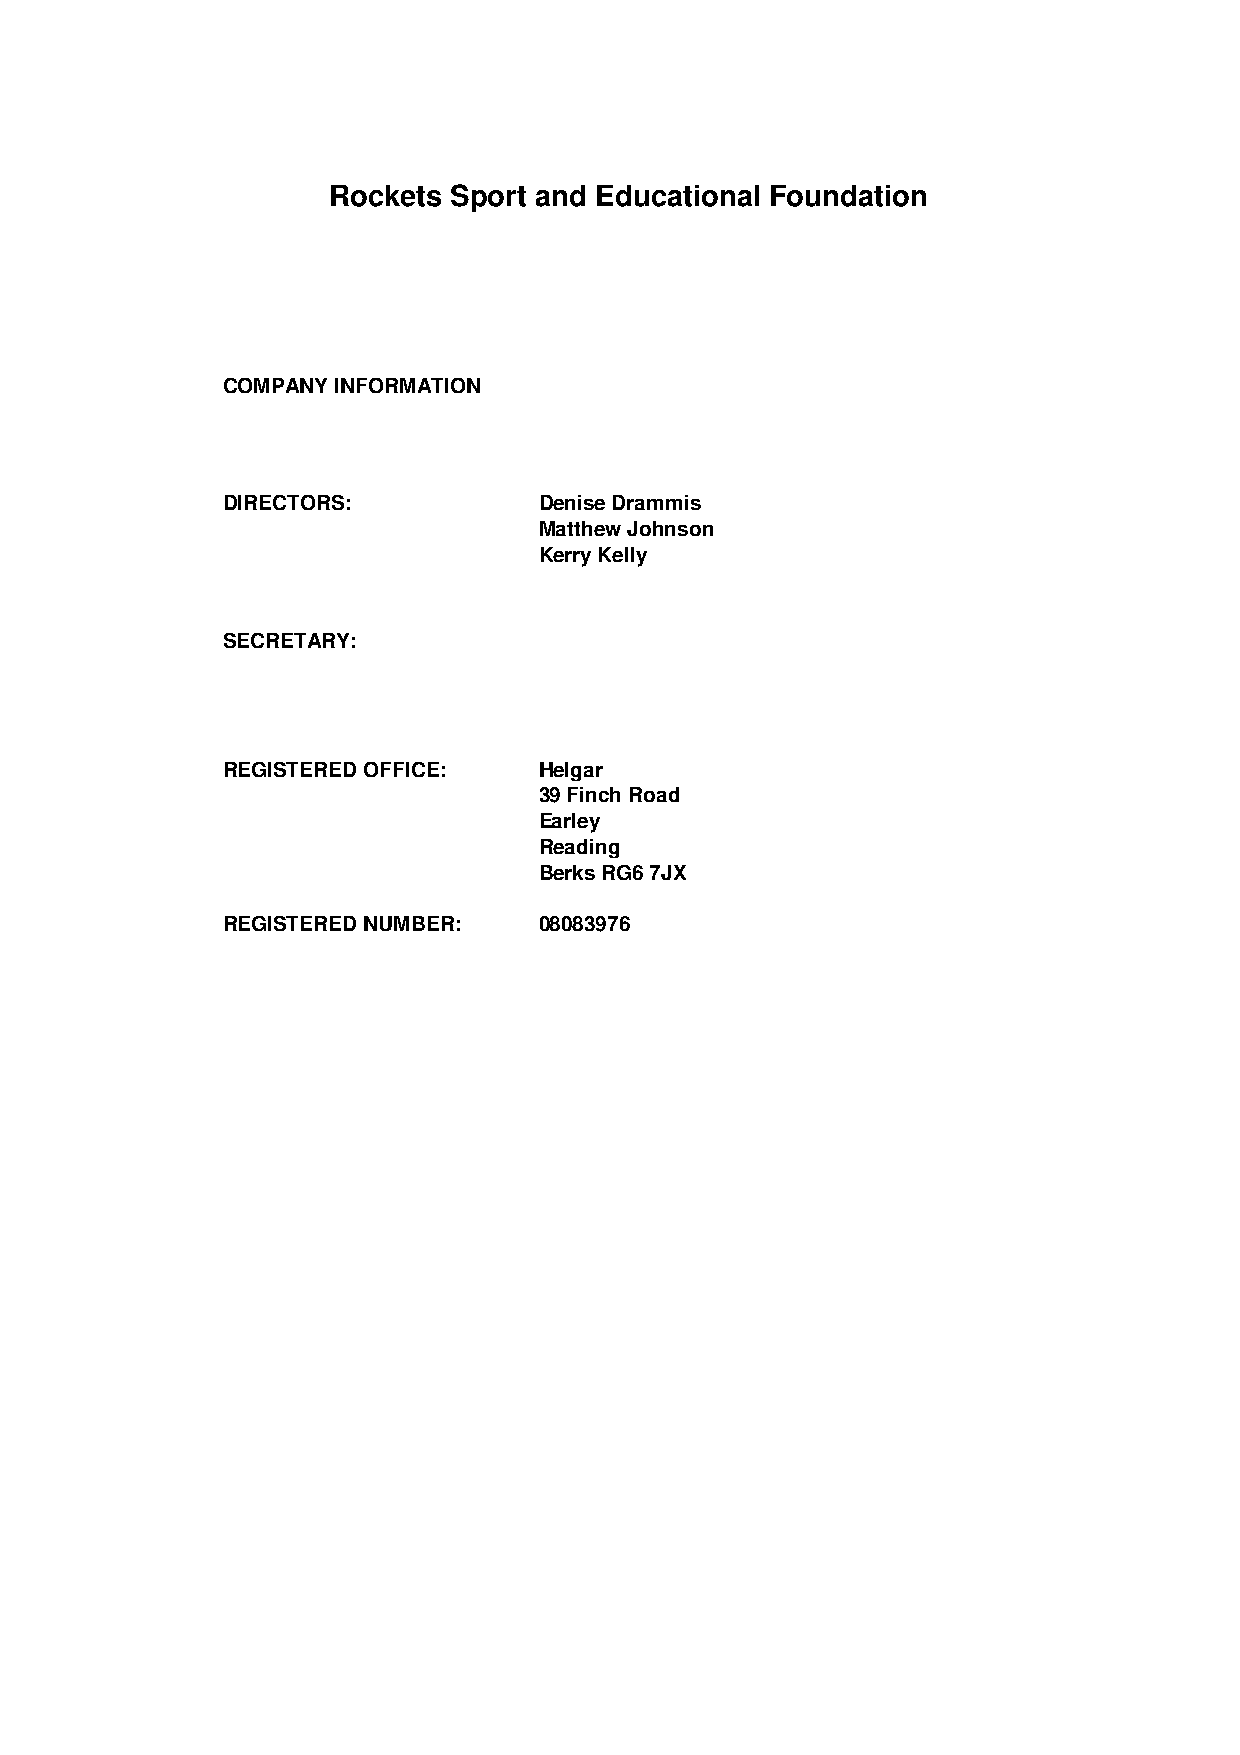
Rockets Sport and Educational Foundation
 COMPANY INFORMATION
 DIRECTORS:           Denise Drammis
 Matthew Johnson
 Kerry Kelly
 SECRETARY:
 REGISTERED OFFICE:   Helgar
 39 Finch Road
 Earley
 Reading
 Berks RG6 7JX
 REGISTERED NUMBER:   08083976